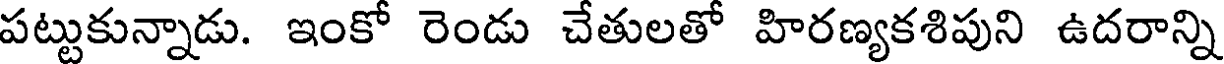
పట్టుకున్నాడు. ఇంకో రెండు చేతులతో హిరణ్యకశిపుని ఉదరాన్ని